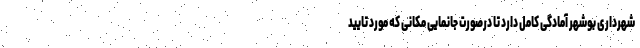
شهرداری بوشهر آمادگی کامل دارد تا درصورت جانمایی مکانی که مورد تایید